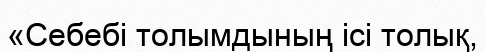
«Себебі толымдының ісі толық,